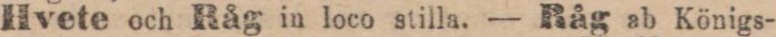
Hvete och Råg in loco stilla. — Råg ab Königs-